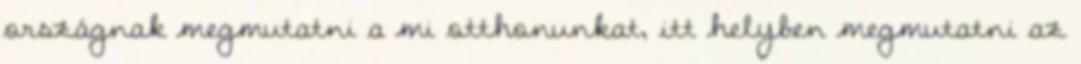
országnak megmutatni a mi otthonunkat, itt helyben megmutatni az